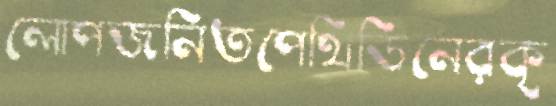
লোপজনিতপেথিডিনেরকৃ